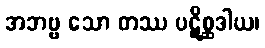
အဘဗ္ဗ သော တဿ ပဋိစ္ဆဒါယ၊